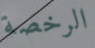
الرخصة